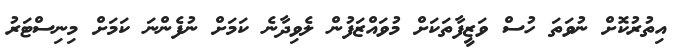
އިތުރުކޮށް ނުވަތަ ހުސް ވަޒީފާތަކަށް މުވައްޒަފުން ލެވިދާނެ ކަމަށް ނުފެންނަ ކަމަށް މިނިސްޓަރު